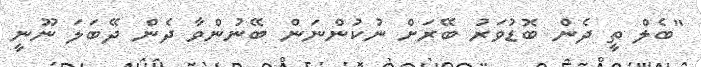
"ބެލް ތީ ދެން ބޮޑުވަރު ބޭރަށް ނުކުންނަން ބޭނުންވާ ދެން ދޭބަލަ ނޫނީ